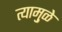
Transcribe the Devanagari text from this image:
त्यामु़ळे